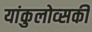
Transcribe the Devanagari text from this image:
यांकुलोव्सकी